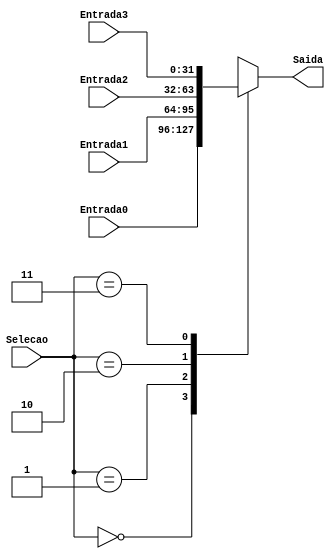
module Mux4(Entrada0, Entrada1, Entrada2, Entrada3, Selecao, Saida);

	input [31:0] Entrada0, Entrada1, Entrada2, Entrada3;
	input [1:0] Selecao;
	output reg [31:0] Saida;

	always @ (*) begin
		case (Selecao)
			2'b00: Saida = Entrada0;
			2'b01: Saida = Entrada1;
			2'b10: Saida = Entrada2;
			2'b11: Saida = Entrada3;
		endcase
	end

endmodule